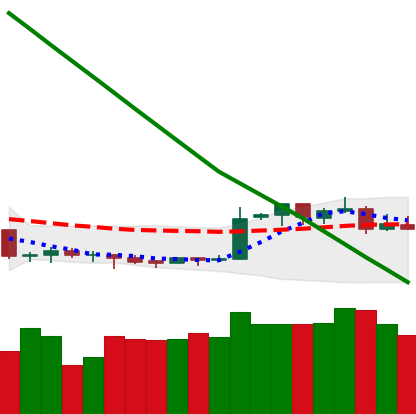
Ticker: XMR-USD
Chart end date: 2019-02-16
Forward return: 7.503%
Label: up_7plus